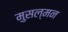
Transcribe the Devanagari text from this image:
मुसल्मन